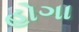
હોગા